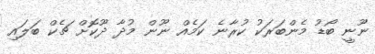
ނޫނީ ބޯޑު މެންބަރަކު ކުރާނެ ކަމެއް ނޫން މުދާ ދޫކޮށް ޗެކް ބަލައި